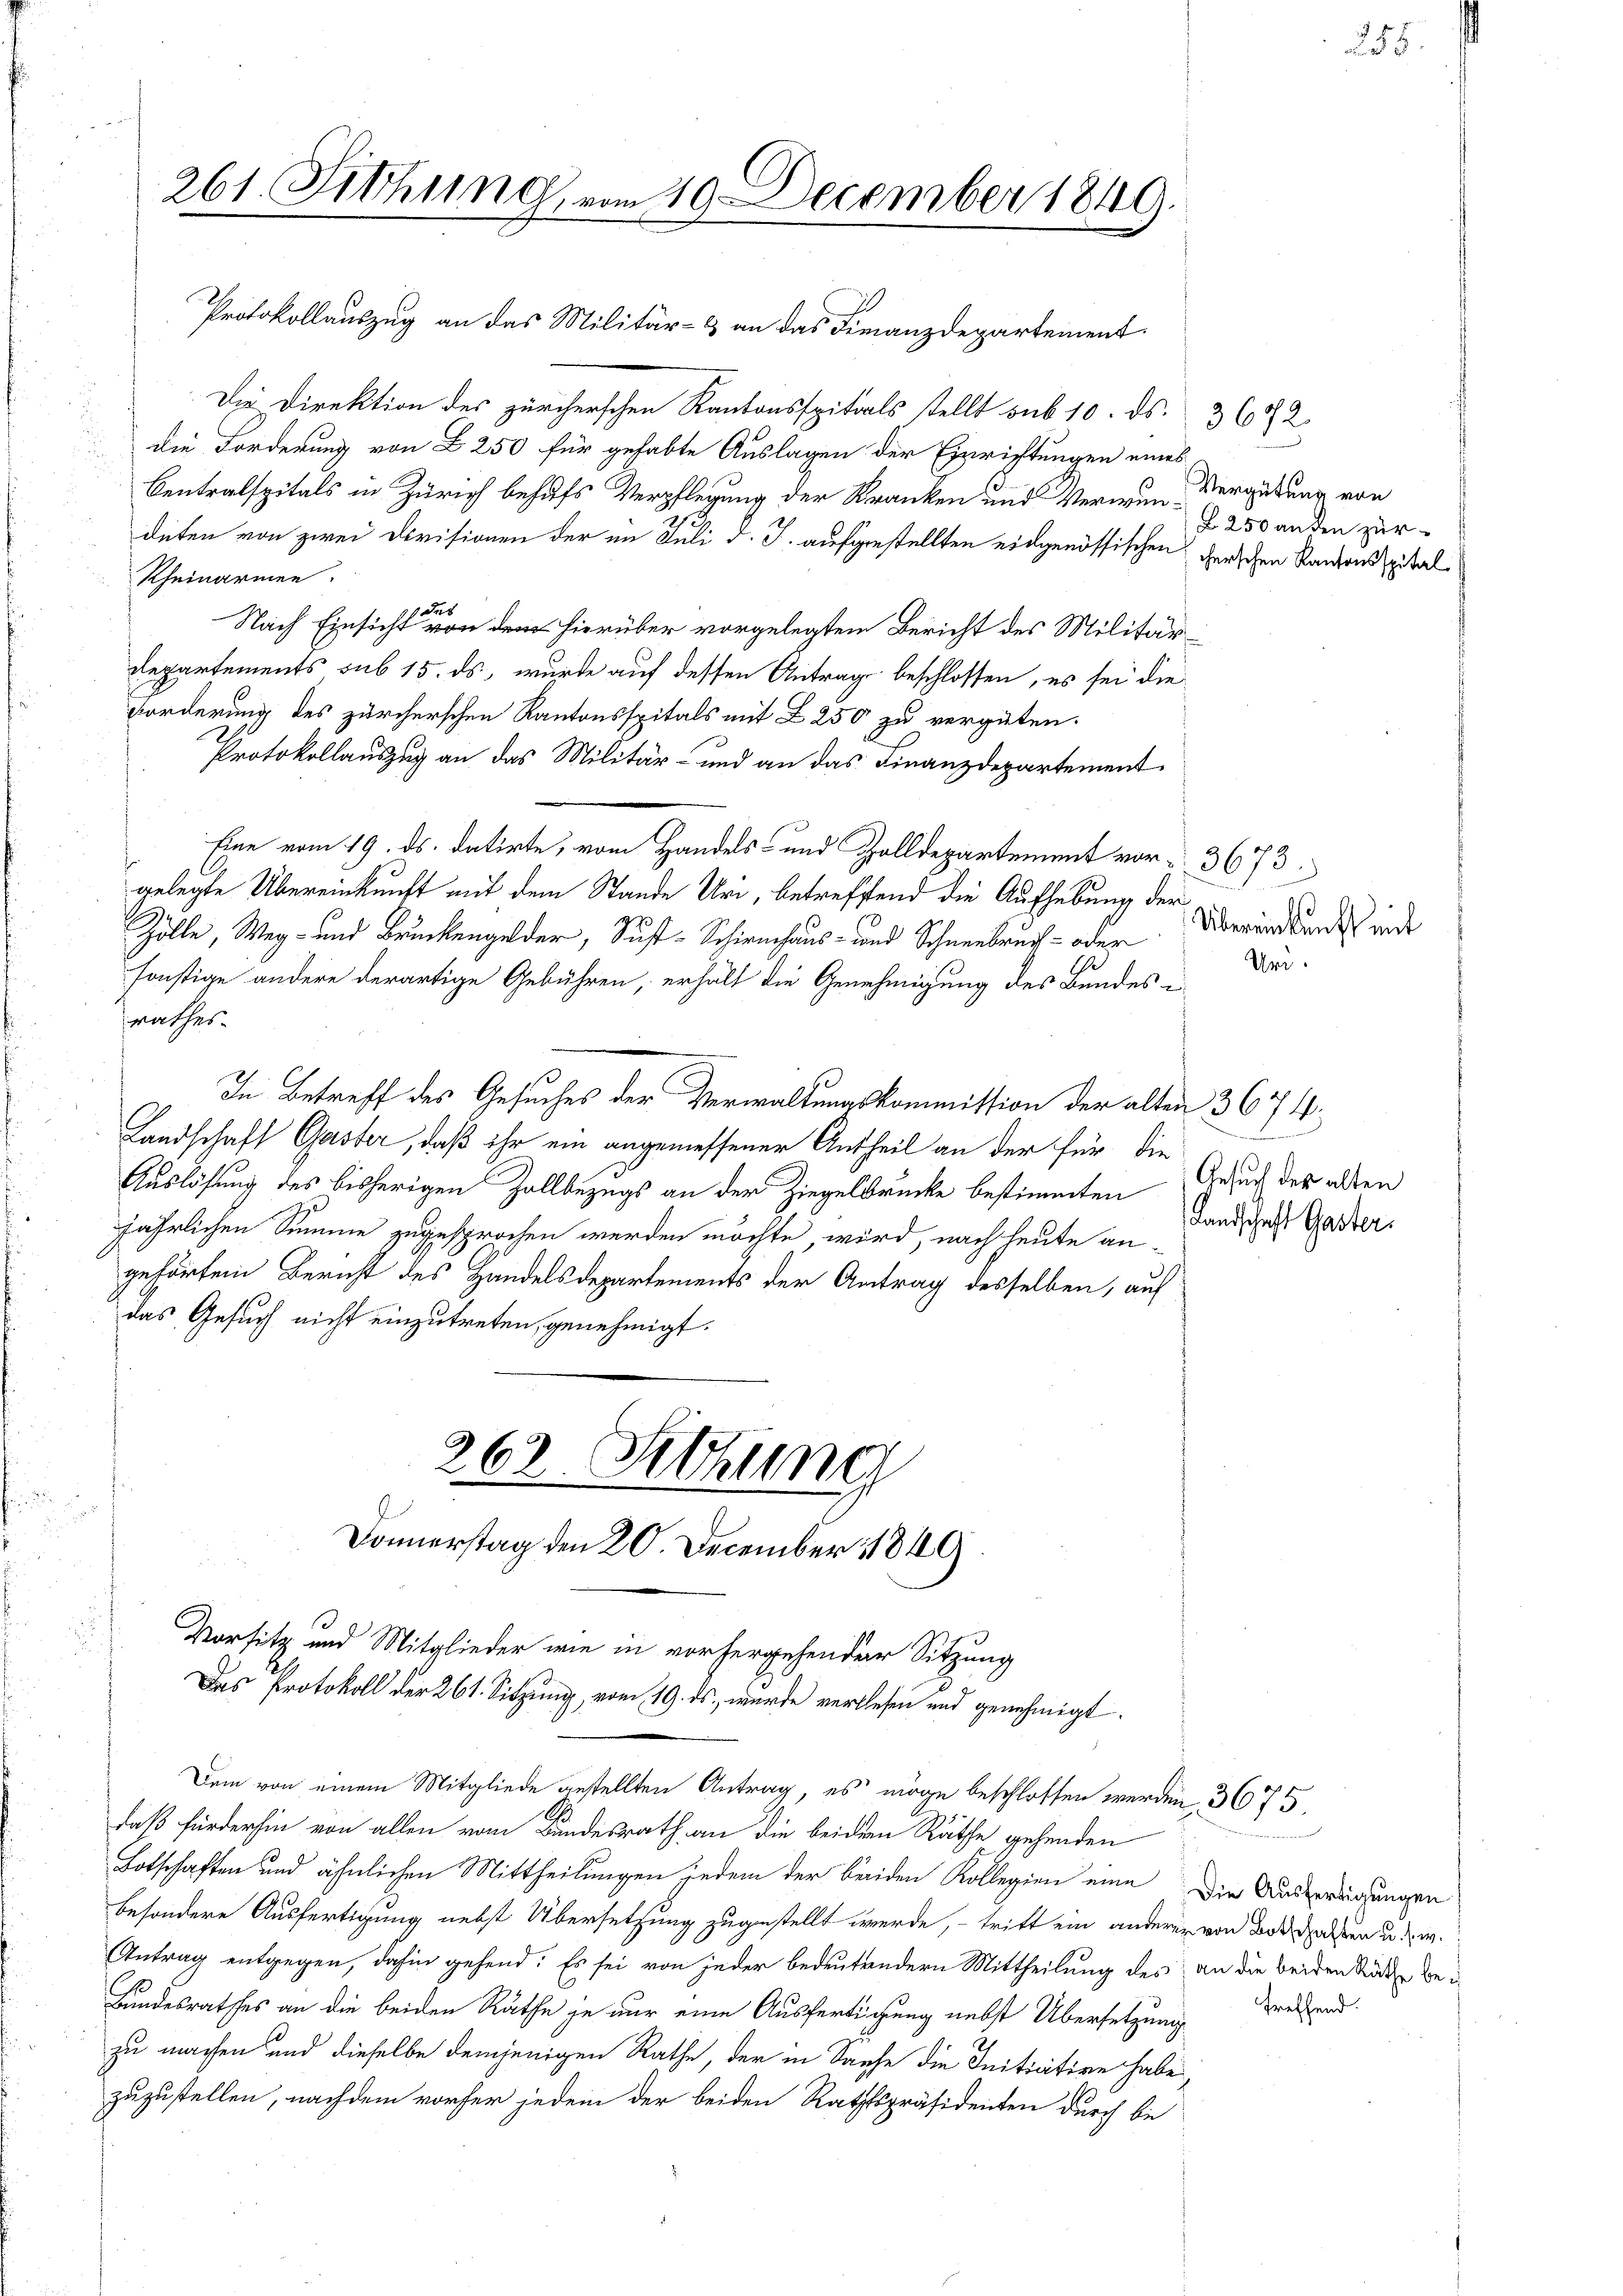
Protokollauszug an das Militär- & an das Finanzdepartement
Die Direktion des zürcherschen Kantonsspitals stellt sub 10. ds. 3 682
die Forderung von L 250 für gehabte Auslagen der Einrichtungen eines
Centralspitals in Zürich behufs Verpflegung der Kranken und Verwun-Vergütung von
deten von zwei Devisionen der im Juli d. J. aufgestellten eidgenössischen derschen Kantonsspital
Rheinarmen.
des
Nach Einsicht von dem hierüber vorgelegten Bericht des Militär¬
Departements sub 15. ds, wurde auf dessen Antrage beschlossen, es sei die
Forderung des zürcherschen Kantonsspitals mit L 250 zu vergüten.
Protokollauszug an das Militär- und an das Finanzdepartement
Eine vom 19. ds. datirte, vom Handels- und Zolldepartement vor 3673
gelegte Übereinkunft mit dem Stande Uri, betreffend die Aufhebung der
Zölle, Weg- und Brückengelder, Sust-Schirnhaus- und Schneebruch- oder
sonstige andere derartige Gebühren, erhält die Genehmigung des Bundesrathes.
In Betreff des Gesuches der Verwaltungskommission der alten 3674.
Landschaft Gaster, daß ihr ein angemessener Antheil an der für die
Auslösung des bisherigen Zollbezugs an der Ziegelbrücke bestimmten Gesuch der allen
jährlichen Summe zugesprochen werden möchte, wird, nach heute an-
gehörten Bericht des Handelsdepartements der Antrag desselben, auf
das Gesuch nicht einzutreten, genehmigt.
262. Setzung
Donnerstag den 20. December 1849.

261. Jthung, vom 19. December 1849.

Vorsitz und Mitglieder wie in vorhergehender Sitzung
Das Protokoll der 261. Sitzung, vom 19. ds., wurde verlesen und genehmigt.
Dem von einem Mitgliede gestellten Antrag, es möge beschlossen werden 3675

daß fürderhin von allen vom Bundesrath an die beiden Räthe gehenden
Botschaften und ähnlichen Mittheilungen jedem der beiden Kollegien eine Die Ausgerügungen
besondere Ausfertigung nebst Übersetzung zugestellt werde, - tritt ein anderer von Boten u. s. w.
Antrag entgegen, dahin gehend: Es sei von jeder bedeutendern Mittheilung des an die beiden Stude be¬
Bundesrathes an die beiden Räthe je nur eine Ausfertigung nebst Übersetzung tretend.
zu machen und dieselbe demjenigen Rathe, der in Sache die Initicition habe
zuzustellen, nachdem vorher jedem der beiden Rathspräsidenten durch bei

250 an den zur

Übereinkunft mit
Und.

n
Landschaft Gaster.

255